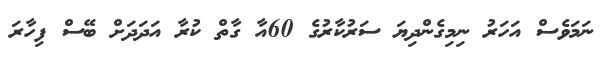
ނަމަވެސް އަހަރު ނިމިގެންދިޔަ ސަރުކާރުގެ 60އާ ގާތް ކުރާ އަދަދަށް ބޭސް ފިހާރަ